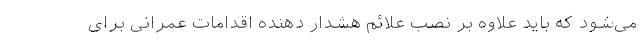
می‌شود که باید علاوه بر نصب علائم هشدار دهنده اقدامات عمرانی برای